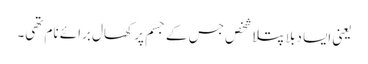
یعنی ایسا دبلا پتلا شخص جس کے جسم پر کھال برائے نام تھی۔